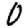
Digit: 0